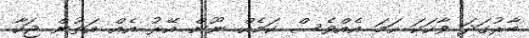
ބާރުގަދަ ވާހަކަ ހަމަ އެއްވެސް ކަމެއް ނޫން އޭރު އެއް އަތުން ޖަހާ